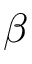
\beta